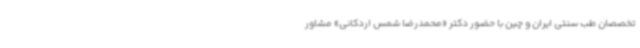
تخصصان طب سنتی ایران و چین با حضور دکتر «محمدرضا شمس اردکانی» مشاور